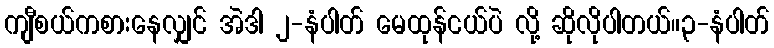
ကျီစယ်ကစားနေလျှင် အဲဒါ ၂-နံပါတ် မေထုန်ငယ်ပဲ လို့ ဆိုလိုပါတယ်။၃-နံပါတ်